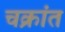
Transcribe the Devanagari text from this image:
चक्रांत